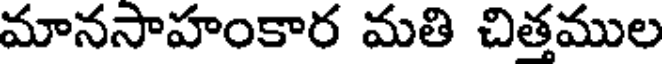
మానసాహంకార మతి చిత్తముల